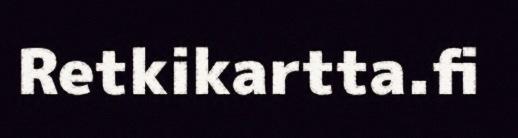
Retkikartta.fi